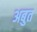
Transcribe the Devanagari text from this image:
अबुत